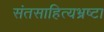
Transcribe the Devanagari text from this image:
संतसाहित्यभ्रष्टा